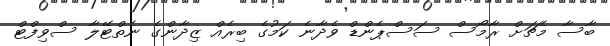
ބާސާ މެޗަށް ރާމޯސް ސަސްޕެންޑް ވެދާނެ ކަމުގެ ބިރެއް ޒިދާންގެ ނެތްޓޭލާ ސްވިފްޓް